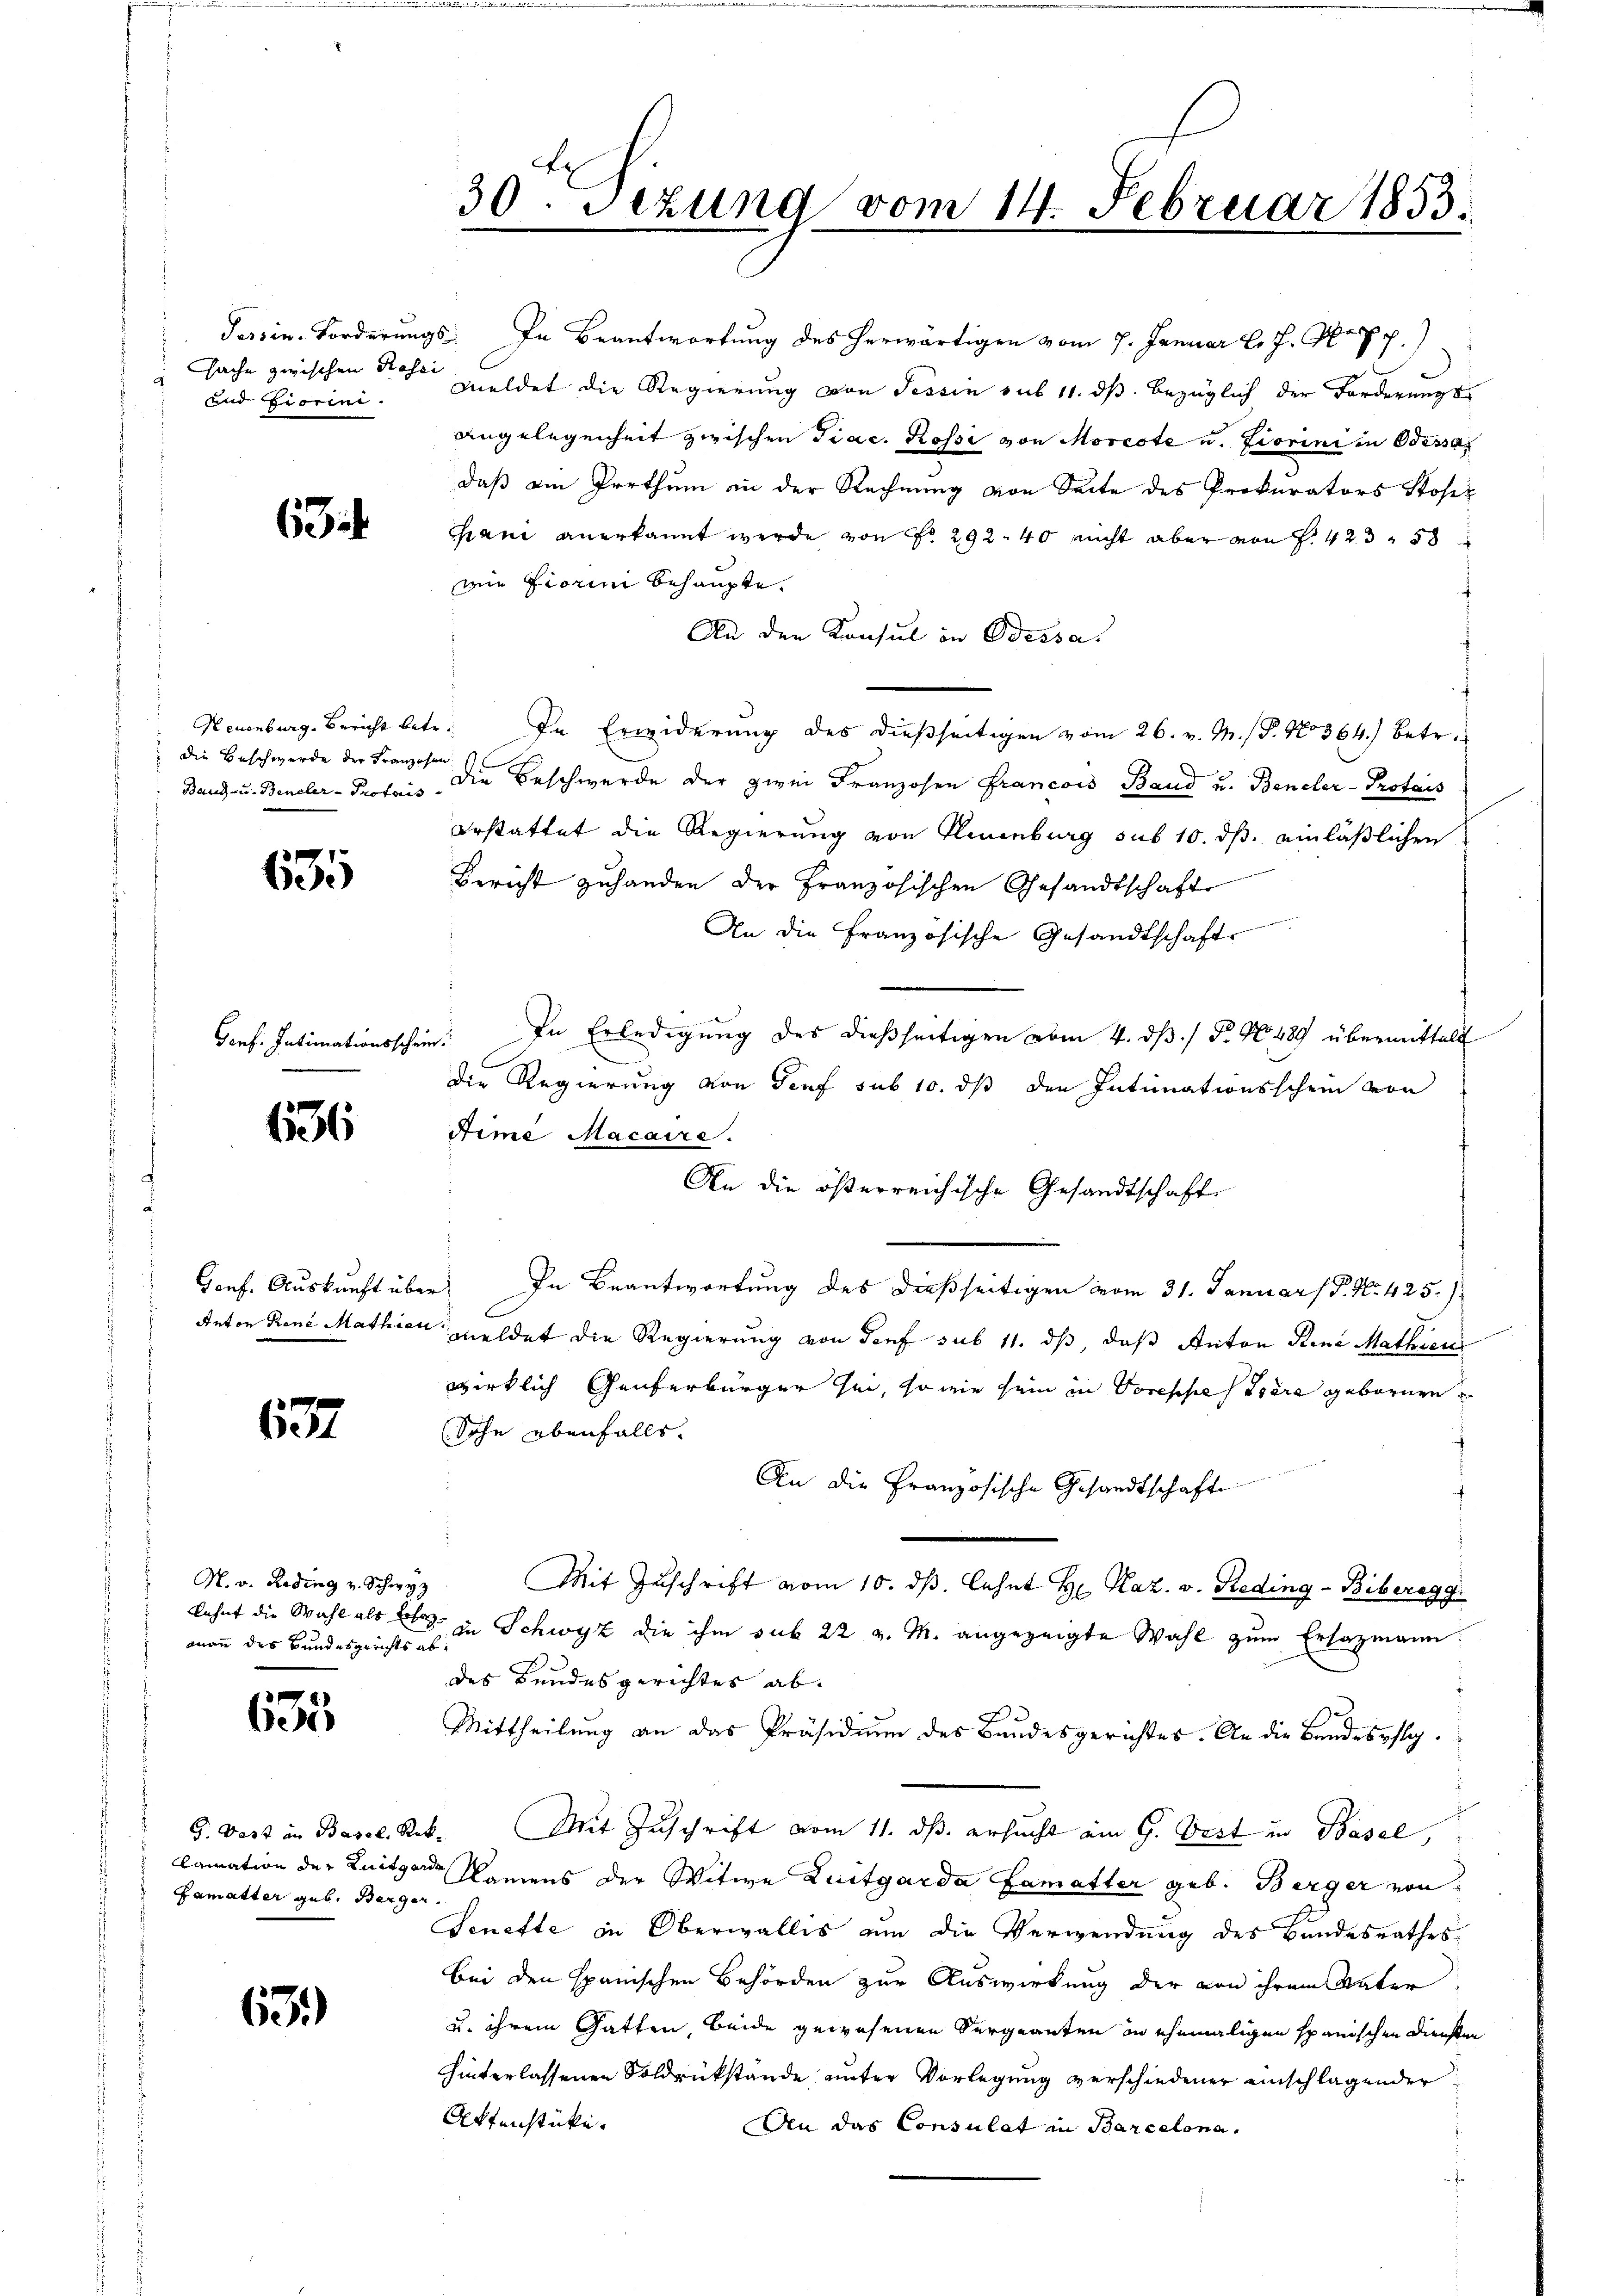
sache zwischen Rossi
und Fiorini.

63

die Beschwerde der Franzosen

635

Genf. Intimationsschein

636

137

N. v. Reding v. Schwyz
mann des Bundesgerichts ab

e

E
Famatter geb. Berger

63.)

30. Sezung vom 14. Februar 1853.

Tessin Forderungs- In Beantwortung des herwärtigen vom 7. Januar l. J. N. V. p.)
meldet die Regierung von Tessin sub 11. ds. bezüglich der Forderungsangelegenheit zwischen Trac. Rosse von Moreste u. Fiorini in Odessar
daß am Irrthum in der Rechnung von Seite des Prokurators Stosiz
cani anerkannt werde von Fr. 292. 40 nicht aber von S. 423 58
mie Fiorin behaupte.
An den Konsul in Odessa.
Neuenburg. Bericht betr. In Erwiderung des dießseitigen vom 26. v. M. (T. No 364.) Betr.
Band- u. Beneler-Protaris die Beschwerde der zwei Franzosen Francois Band u. Beneler-Protois
erstattet die Regierung von Neuenburg sub 10. ds. einläßlichen
Bericht zuhanden der Französischen Gesandtschafts
An die französische Gesandtschaft
In Erledigung des dießseitigen vom 4. dß. / P. No. 489 übermittelt
s
die Regierung von Genf sub 10. ds den Intimationsschein von
Aime Macaire.
Anton René Mathier meldet die Regierung von Genf sub 11. ds, daß Anton Rene Mathien
wirklich Genferbürger sei, sowie sein in Voreppe dere gebornen
(Sohn ebenfalls.
An die Französische Gesandtschaft
Mit Zuschrift vom 10. dβ. lehnt H. Haz. v. Reding-Biberegg
Bahnt die Wahl als es in Schwyz die ihm sub 22 v. M. angezeigte Wahl zum Erlazmann.
des Bundesgerichtes ab.
Mittheilung an das Präsidium des Bandesgerichtes. An die Bandessta¬
G. Vest in Basel, Rek. Mit Zuschrift vom 11. ds. ersucht ein G. Arzt in Basel,
lamation der Knitgard Namens der Witwe Luitgarda Lamatter geb. Berger von
Senette in Oberwallis um die Verwendung des Bandesrathes
bei den spanischen Behörden zur Auswirkung der von ihrem Vater
u. ihrem Gatten, beide gewesenen Vergnanten in ehemaligen spanischen Diensten
hinterlassenen Soldrückstände unter Vorlegung verschiedener einschlagender
Ottenstüke
An das Consulat in Barcelona.

An die österreichische Gesandtschaft.
Gonf. Auskunft über. In Beantwortung des dießseitigen vom 31. Januar (P. Nr. 425./